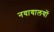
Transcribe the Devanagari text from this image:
नयायालयों